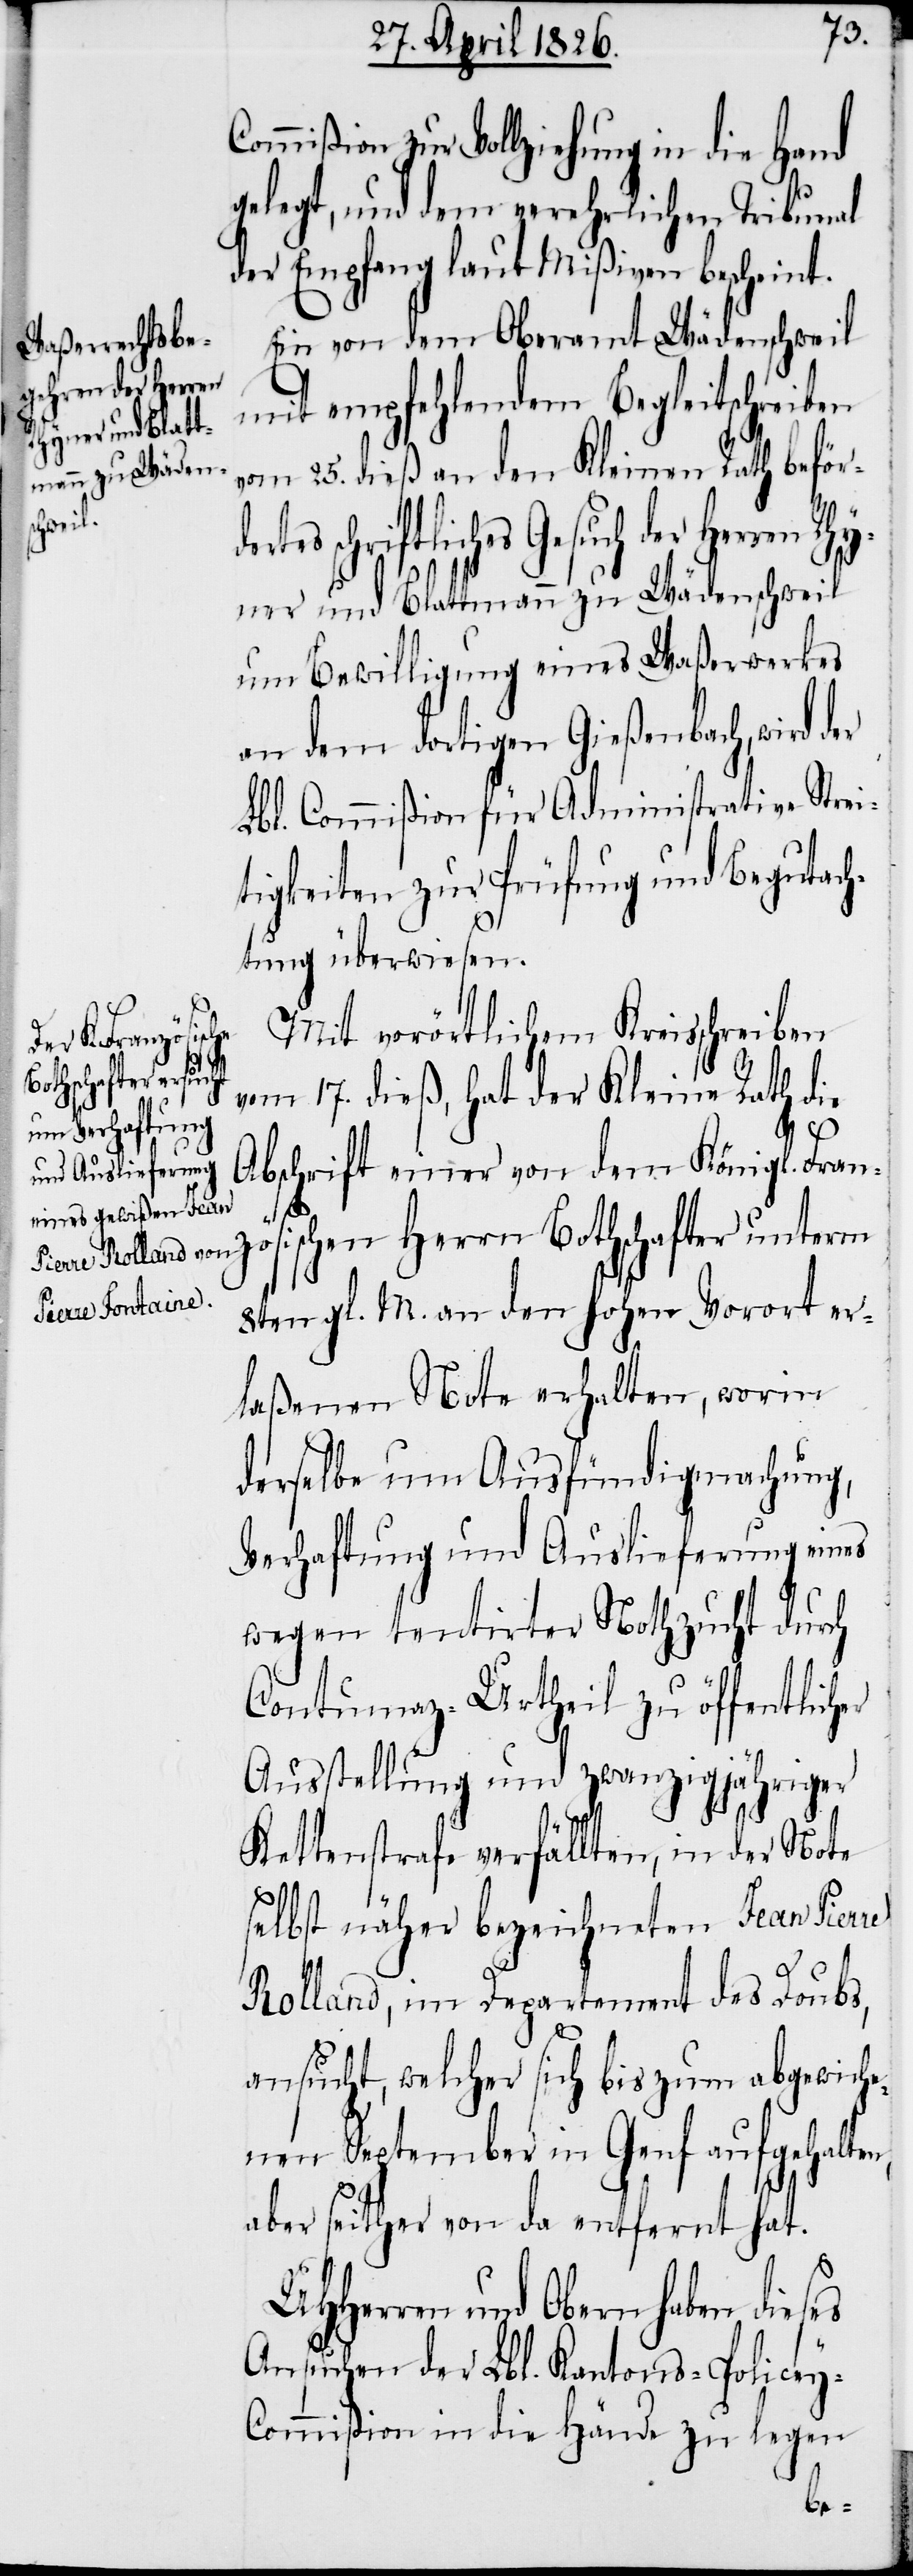
Rhyner und Blatt¬
mann zu Wädens¬
chweil

gelegt, und dem verehrlichen Tribunal
der Empfang laut Mißiven bescheint.
Ein von dem Oberamt Wädenschweil
mit empfehlendem Begleitschreiben
vom 25. dieß an den Kleinen Rath beför¬
tes schriftliches Gesuch der Herren
um Bewilligung eines Waßerwerkes
an dem dortigen Gießenbach, wird der
Lbl. Commißion für Administrative Strei¬
tigkeiten zur Prüfung und Begutach¬
tung überwiesen.
Mit vorörtlichem Kreisschreiben
vom 17. dieß, hat der Kleine Rath die
Abschrift einer von dem Königl. Franz¬
ösischen Herrn Bothschafter unterm
8ten gl. M. an den hohen Vorort er¬
laßenen Note erhalten, worin
derselbe um Ausfündigmachung,
Verhaftung und Auslieferung eines
wegen tendirter Nothzucht durch
Contumaz-Urtheil zu öffentlich¬
Ausstellung und zwanzigjähriger
Kettenstrafe verfällten, in der Note
selbst näher bezeichneten Jean
Rolland, im Departement des Doubs,
ansucht, welcher sich bis zum abgewiche¬
nen September in Genf aufgehalten,
aber seither von da entfernt hat.
UHHerren und Obern haben
Ansuchen der Lbl. Kantons-Policey-C¬
ommißion in die Hände zu legen
er